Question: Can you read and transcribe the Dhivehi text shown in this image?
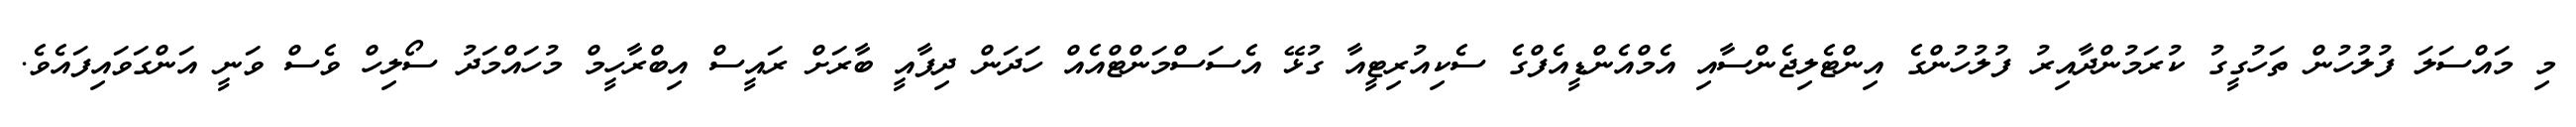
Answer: މި މައްސަލަ ފުލުހުން ތަހުގީގު ކުރަމުންދާއިރު ފުލުހުންގެ އިންޓެލިޖެންސާއި އެމްއެންޑީއެފްގެ ސެކިއުރިޓީއާ ގުޅޭ އެސަސްމަންޓްއެއް ހަދަން ދިފާއީ ބާރަށް ރައީސް އިބްރާހީމް މުހައްމަދު ސޯލިހް ވެސް ވަނީ އަންގަވައިފައެވެ.